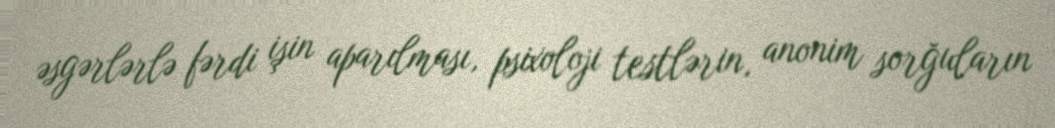
əsgərlərlə fərdi işin aparılması, psixoloji testlərin, anonim sorğuların